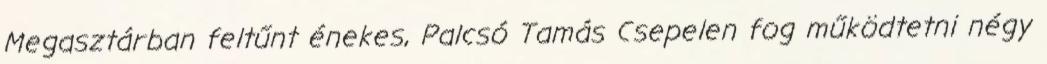
Megasztárban feltűnt énekes, Palcsó Tamás Csepelen fog működtetni négy